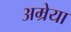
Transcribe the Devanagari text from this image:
अम्रेया